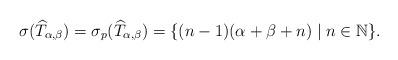
LaTeX: \begin{align*}\sigma(\widehat{T}_{\alpha,\beta})=\sigma_{p}(\widehat{T}_{\alpha,\beta})=\{(n-1)(\alpha+\beta+n)\mid n\in\mathbb{N}\}.\end{align*}